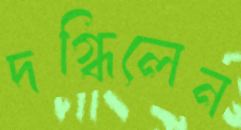
দগ্ধিলেন